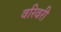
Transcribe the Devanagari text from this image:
वरिवरी